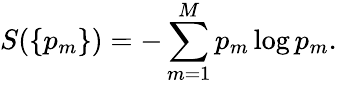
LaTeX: S(\{ p_{m}\} )=-\sum_{m=1}^{M}p_{m}\log p_{m}.